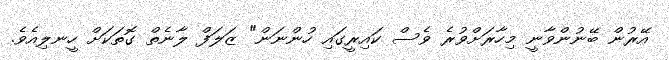
އޭރުން ބޭނުންވާނީ މިހާރަށްވުރެ ވެސް ކައިރީގައި ހުންނަން" ޒަލަފް ލާނެތް ގޮތަކަށް ހީނލިއެވެ.